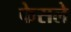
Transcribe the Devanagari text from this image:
फेसले